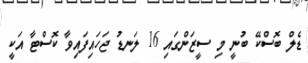
ޑެލް ބޮސްކޭ ބުނީ މި ސީޒަންގައި 16 ލަނޑު ޖަހައިފައިވާ ކޮސްޓާ އަކީ